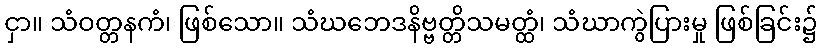
ငှာ။ သံဝတ္တနကံ၊ ဖြစ်သော။ သံဃဘေဒနိဗ္ဗတ္တိသမတ္ထံ၊ သံဃာကွဲပြားမှု ဖြစ်ခြင်း၌